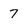
Character: 7